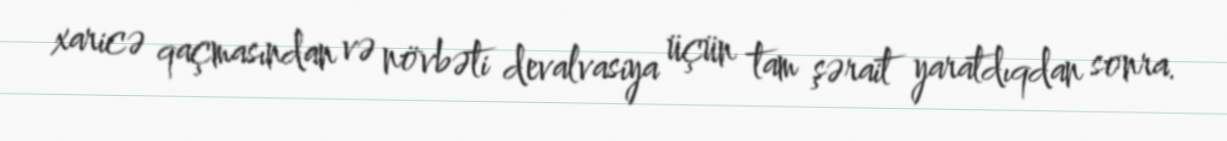
xaricə qaçmasından və növbəti devalvasiya üçün tam şərait yaratdıqdan sonra.